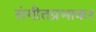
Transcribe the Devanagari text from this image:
संगीतप्रभाकर